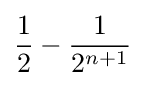
{\frac {1}{2}}-{\frac {1}{2^{n+1}}}